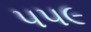
૫૫૯